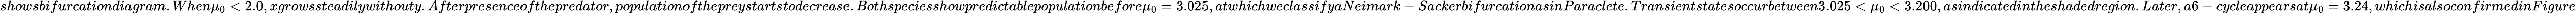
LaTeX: showsbifurcationdiagram.When\mu_{0}<2.0,xgrowssteadilywithouty.Afterpresenceofthepredator,populationofthepreystartstodecrease.Bothspeciesshowpredictablepopulationbefore\mu_{0}=3.025,atwhichweclassifyaNeimark-SackerbifurcationasinParaclete.Transientstatesoccurbetween3.025<\mu_{0}<3.200,asindicatedintheshadedregion.Later,a6-cycleappearsat\mu_{0}=3.24,whichisalsoconfirmedinFigure